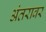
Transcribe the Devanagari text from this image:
अंतरावर